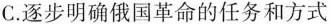
C.逐步明确俄国革命的任务和方式